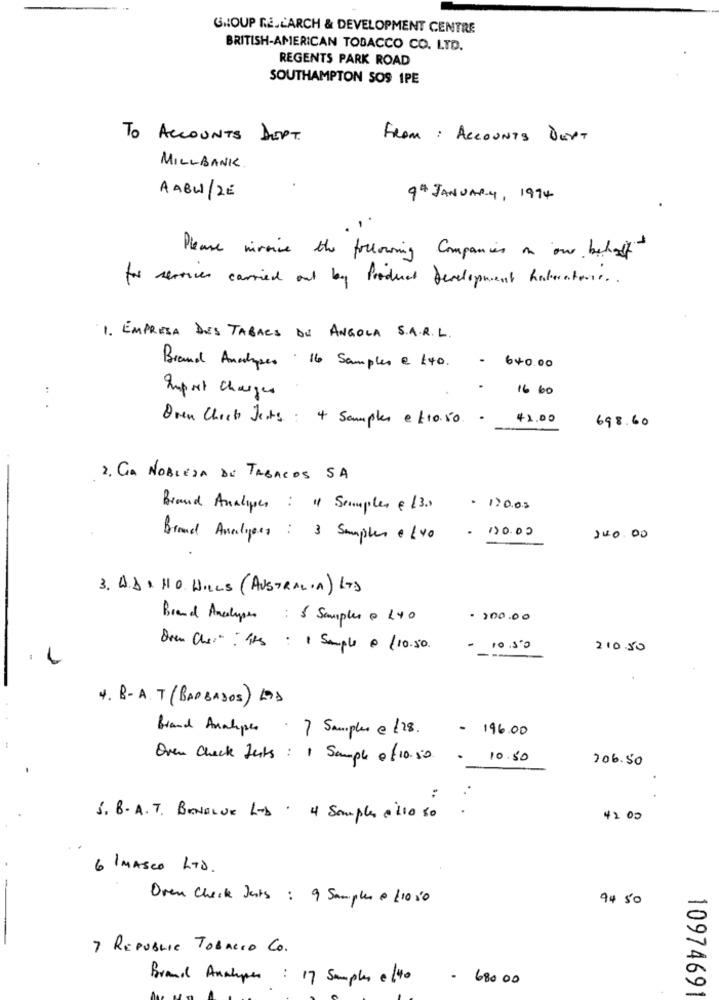
GROUP RE.L'ARCH & DEVELOPMENT CENTRE
BRITISH-AMERICAN TOBACCO CO. LTD.
REGENTS PARK ROAD
SOUTHAMPTON SOS IPE
TO ACCOUNTS DEPT.
FROM : ACCOUNTS DurT
MILLBANK.
AABW/2E
9th JANUARY, 1994
Please miroise the following Companies in one betet
for services carried out by Product Development Laboratorie . .
1. EMPRESA DES TABACS DE ANGOLA S.A.R.L.
Brand Analyses . 16 Samples 2 140.
. 640.00
Import Charges
.. .
Oren Chick Jests: 4 Samples e £10.50 .
42.00
698.60
2. LA NOBLEZA DE TABACOS SA
Brand Analyses : " Samples € 13.0
· 170.00
- 130.00
Brand Analyses : 3 Samples @ 140
240.00
3. A.D. HO WILLS (AUSTRALIA) LTD
Brand Analyses : & Samples & 140
- 200.00
Dren Ches: its : 1 Sample . /10.50.
- 10.50
21050
4. B-A. T ( BARBADOS) LOS
Brand Ansahipes . 7 Samples e /28.
- 196.00
Oven Check Tests: 1 Sample of 10.50
.
10.80
206.50
*.
S. B. A. T. BENELUX L-b . 4 Samples 0210 50
4200
6 IMASCO LTD.
Oren Check Jats : 9 Samples @ 110 50
94 50
7 REPUBLIC TOBACCO CO.
Brand Anahypes : 17 Samples 0/ 40
- 680 00
10974691